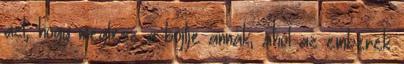
azt, hogy meglesz a böjtje annak, ahol az emberek